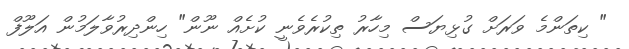
" ކިތަންމެ ވަރަށް ގުޅިޔަސް މިހާރު ތިކުރެވެނީ ކުށެއް ނޫން" ހިންދިރުވާލަމުން އަލޫފް